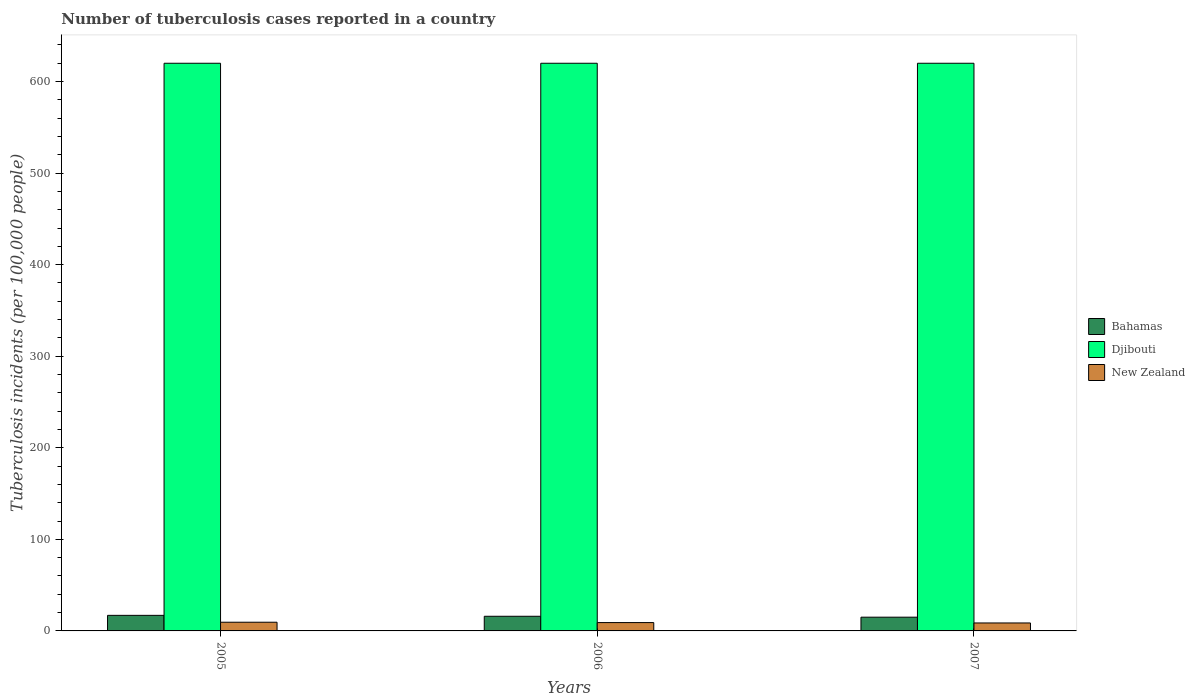
| Years | Bahamas | Djibouti | New Zealand |
 | --- | --- | --- | --- |
 | 2005 | 17 | 620 | 9.5 |
 | 2006 | 16 | 620 | 9.1 |
 | 2007 | 15 | 620 | 8.7 |